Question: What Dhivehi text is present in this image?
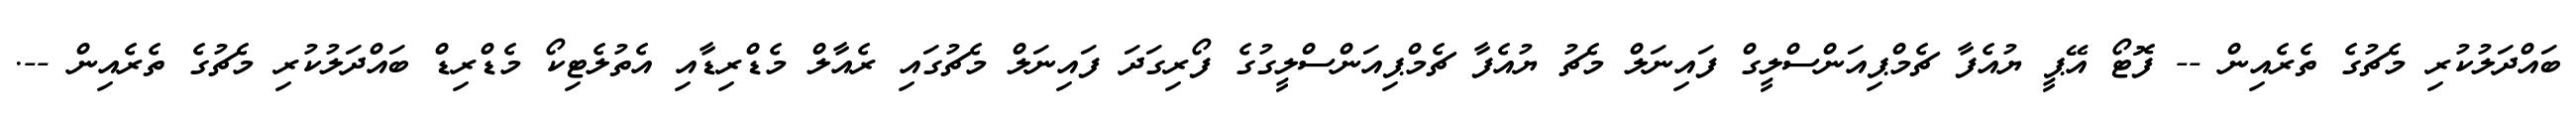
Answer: ބައްދަލުކުރި މެޗުގެ ތެރެއިން -- ފޮޓޯ އޭޕީ ޔުއެފާ ޗެމްޕިއަންސްލީގް ފައިނަލް މެޗު ޔުއެފާ ޗެމްޕިއަންސްލީގުގެ ފޯރިގަދަ ފައިނަލް މެޗުގައި ރެއާލް މެޑްރިޑާއި އެތުލެޓިކޯ މެޑްރިޑް ބައްދަލުކުރި މެޗުގެ ތެރެއިން --.